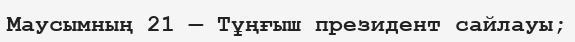
Маусымның 21 — Тұңғыш президент сайлауы;